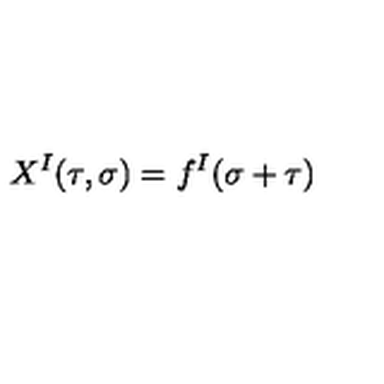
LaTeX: X ^ { I } ( \tau , \sigma ) = f ^ { I } ( \sigma + \tau )